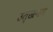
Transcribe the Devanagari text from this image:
उत्खनण